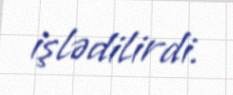
işlədilirdi.